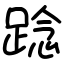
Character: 踗